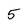
Character: 5